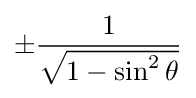
\pm {\frac {1}{\sqrt {1-\sin ^{2}\theta }}}